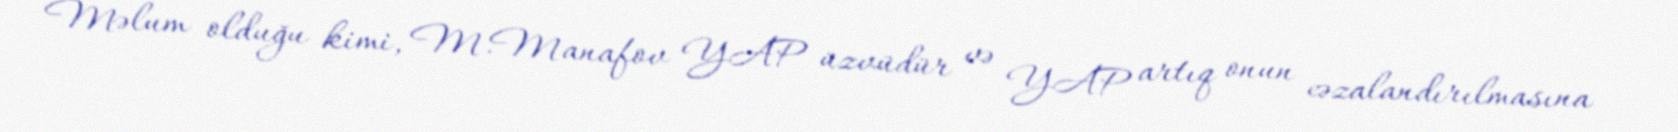
Məlum olduğu kimi, M.Manafov YAP üzvüdür və YAP artıq onun cəzalandırılmasına